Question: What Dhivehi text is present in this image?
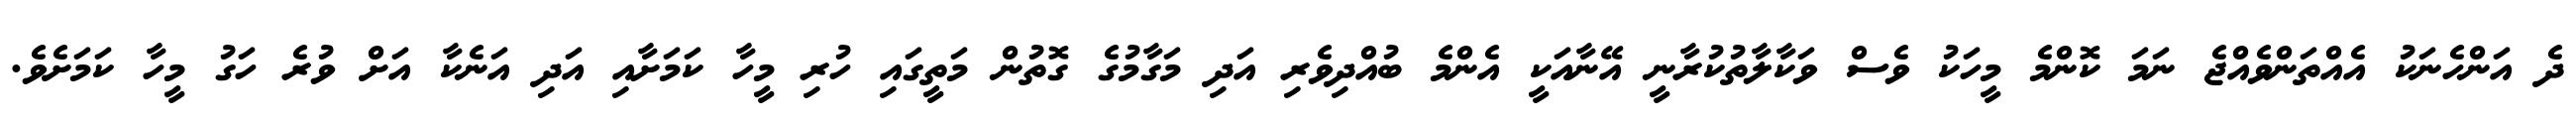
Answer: ދެ އަންހެނަކު އެއްތަންވެއްޖެ ނަމަ ކޮންމެ މީހަކު ވެސް ވަކާލާތުކުރާނީ އޭނާއަކީ އެންމެ ބުއްދިވެރި އަދި މަގާމުގެ ގޮތުން މަތީގައި ހުރި މީހާ ކަމަށާއި އަދި އަނެކާ އަށް ވުރެ ހަގު މީހާ ކަމަށެވެ.